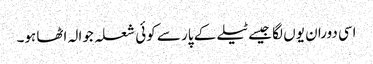
اسی دوران یوں لگا جیسے ٹیلے کے پار سے کوئی شعلہ جوالہ اٹھا ہو۔